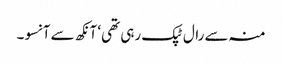
منہ سے رال ٹپک رہی تھی‘ آنکھ سے آنسو۔